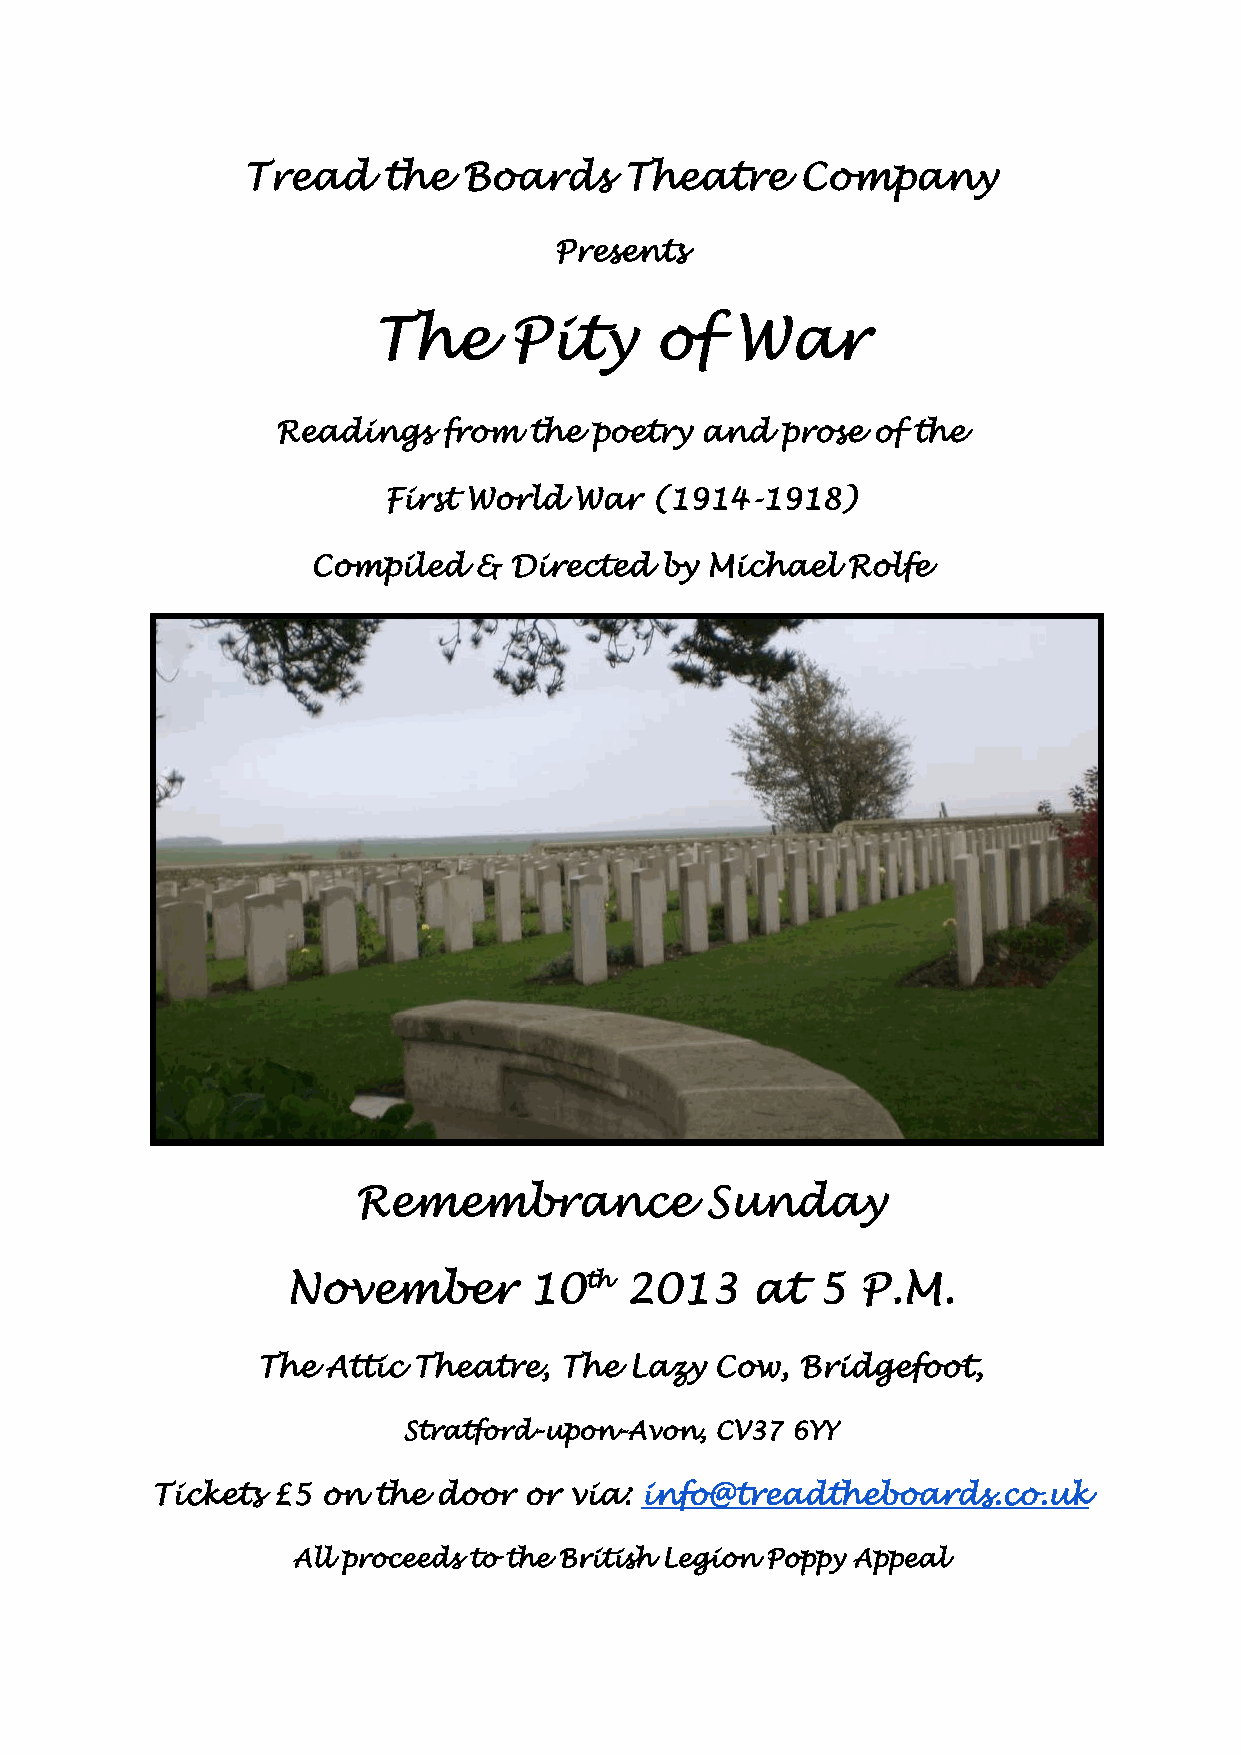
Tread    the   Boards    Theatre     Company
 Presents
 The      Pity     of    War
 Readings   from  the poetry and   prose of the
 First World  War  (1914-1918)
 Compiled  &  Directed  by Michael  Rolfe
 Remembrance            Sunday
 November        10th  2013     at  5  P.M.
 The  Attic Theatre, The  Lazy Cow,  Bridgefoot,
 Stratford-upon-Avon, CV37 6YY
 Tickets £5 on  the door  or via: info@treadtheboards.co.uk
 All proceeds to the British Legion Poppy Appeal